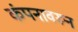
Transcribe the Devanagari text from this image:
कंपनावरून